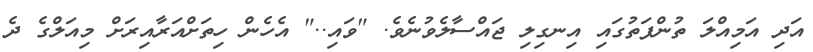
އަދި އަމިއްލަ ތުންފަތުގައި އިނގިލި ޖައްސާލެވުނެވެ. "ވައި.." އެހެން ހިތަށްއަރާއިރަށް މިއަލްގެ ދެ